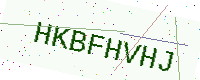
Text: HKBFHVHJ